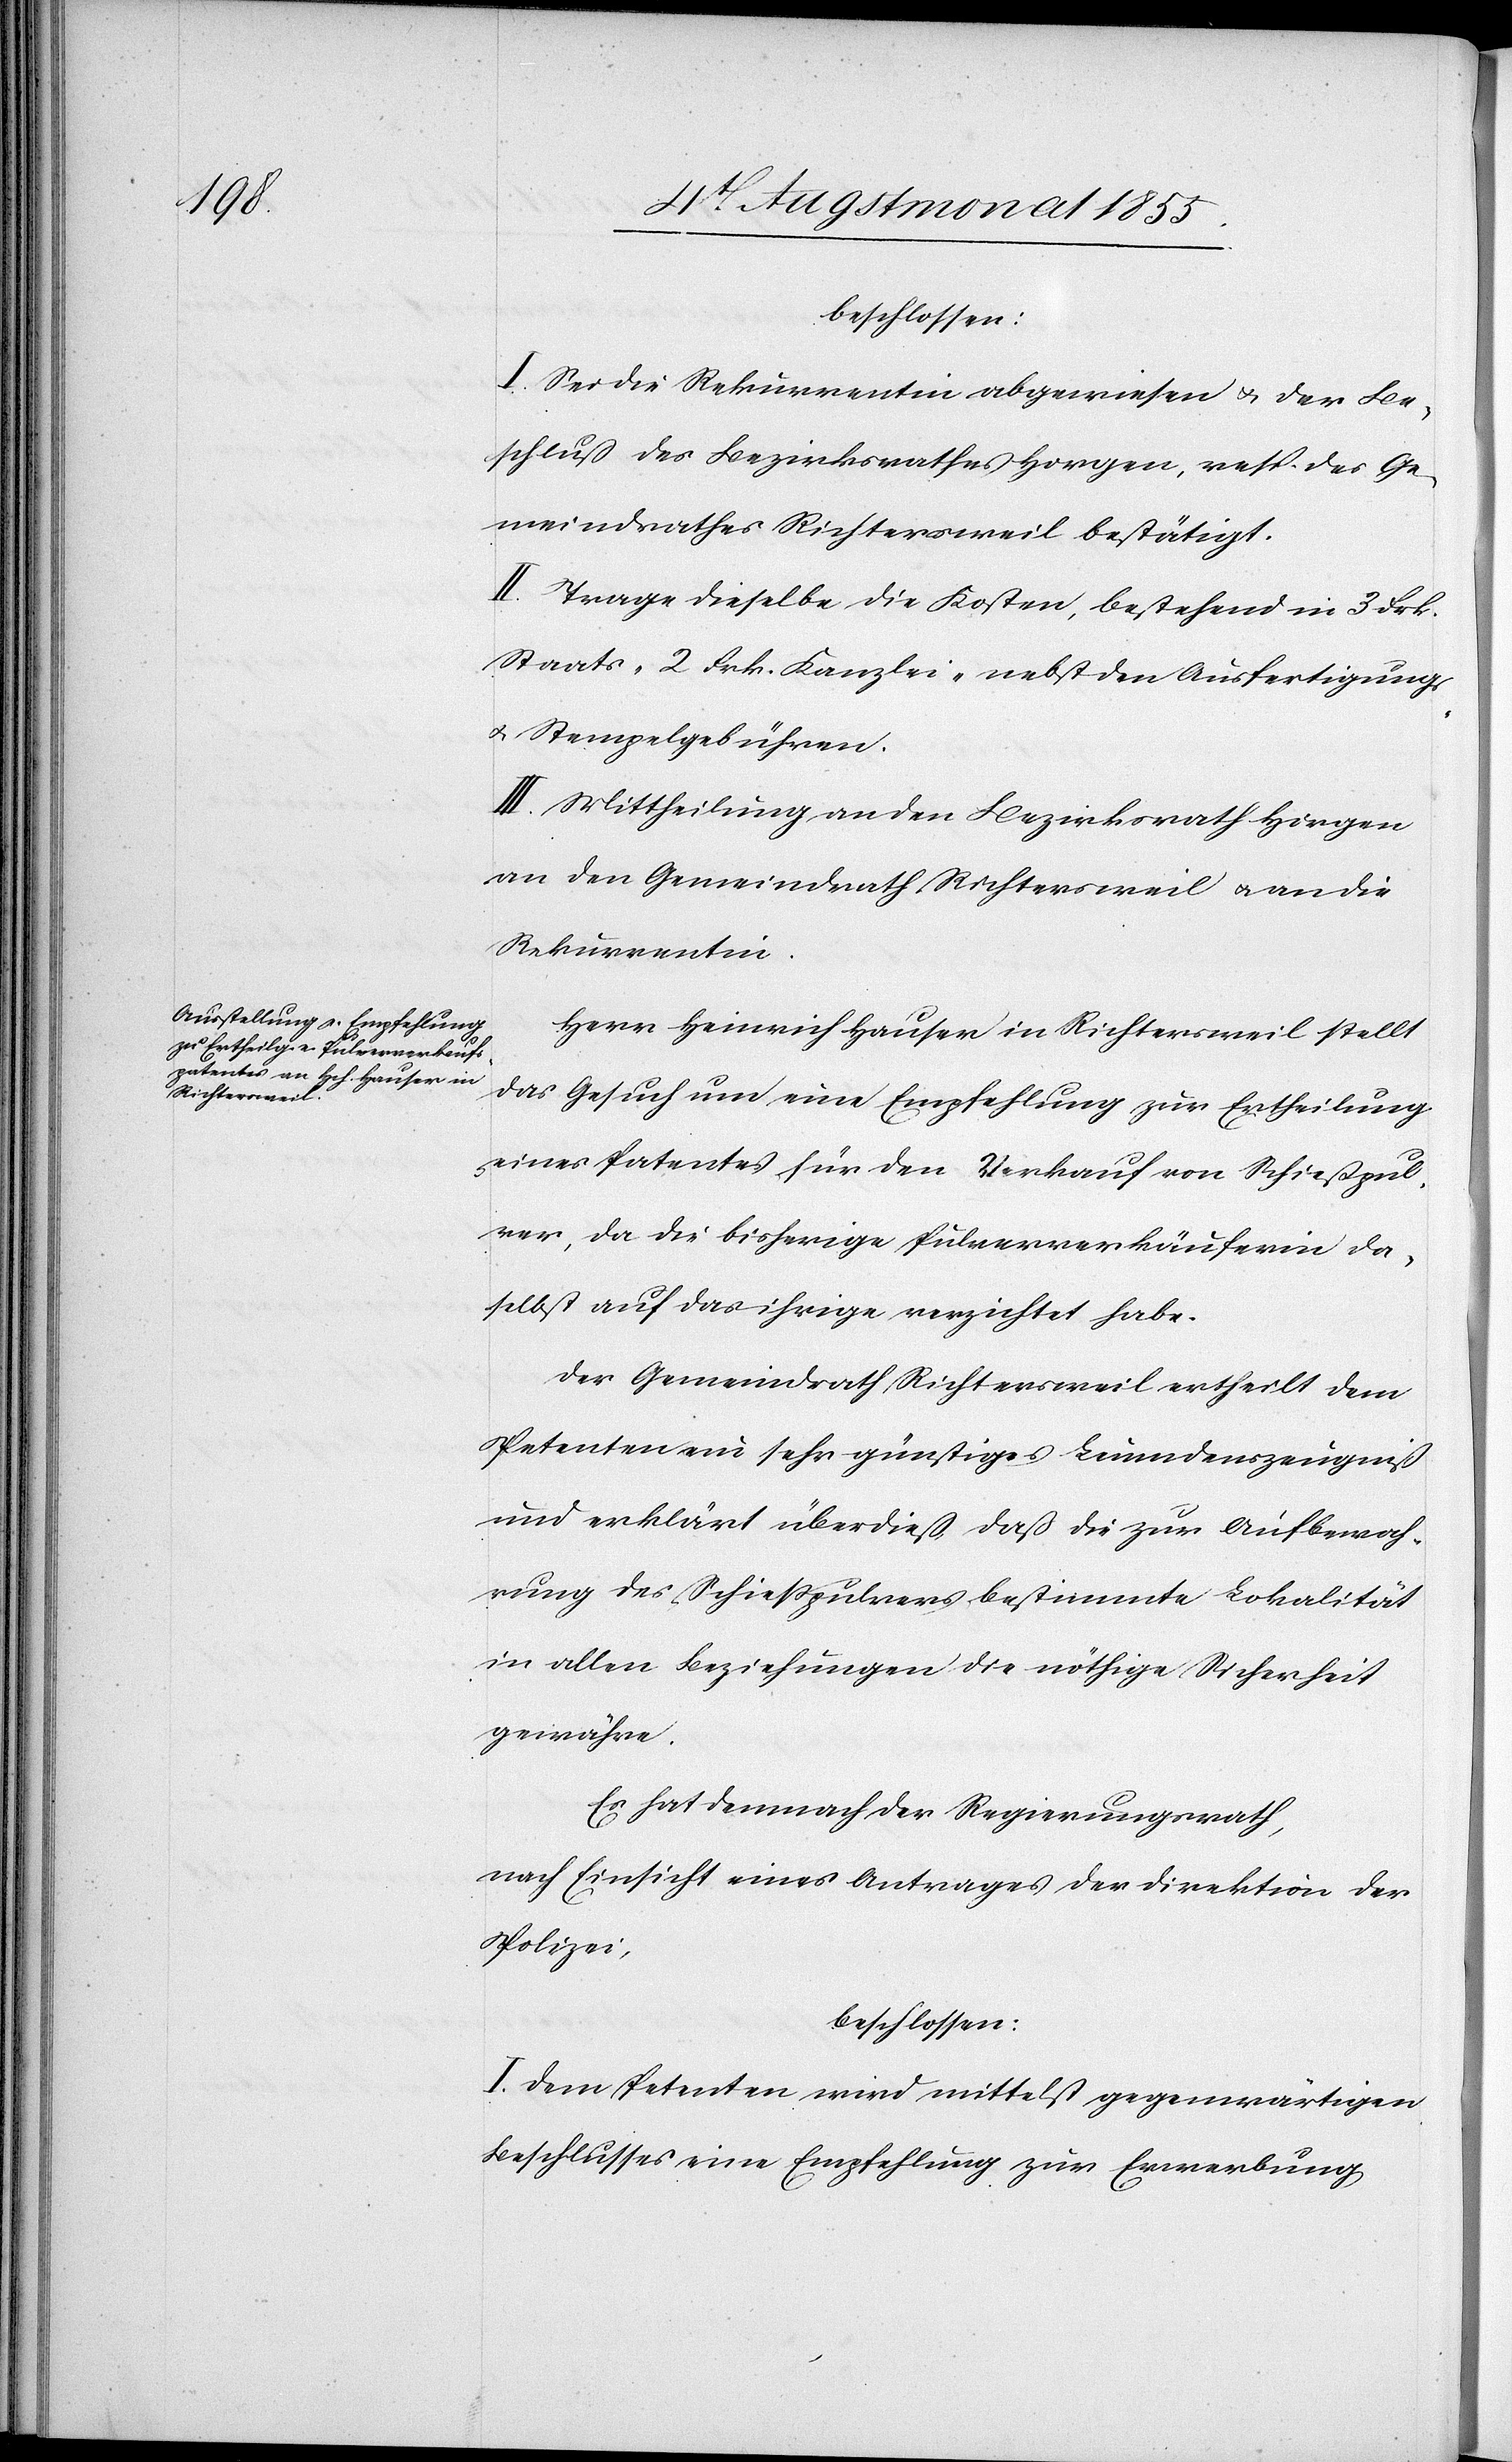
beschlossen:
I. Sei die Rekurrentin abgewiesen & der Be¬
schluß des Bezirksrathes Horgen, resp. des Ge¬
meindrathes Richtersweil bestätigt.
II. Trage dieselbe die Kosten, bestehend in 3 Frk.
Staats-[,] 2 Frk. Kanzlei-[,] nebst den Ausfertigungs-
& Stempelgebühren.
III. Mittheilung an den Bezirksrath Horgen[,]
an den Gemeindrath Richtersweil & an die
Rekurrentin.
Herr Heinrich Hauser in Richtersweil stellt
das Gesuch um eine Empfehlung zur Ertheilung
eines Patentes für den Verkauf von Schießpul¬
ver, da die bisherige Pulververkäuferin da¬
selbst auf das ihrige verzichtet habe.
Der Gemeindrath Richtersweil ertheilt dem
Petenten ein sehr günstiges Leumdenszeugniß
und erklärt überdieß, daß die zur Aufbewah¬
rung des Schießpulvers bestimmte Lokalität
in allen Beziehungen die nöthige Sicherheit
gewähre.
Es hat demnach der Regierungsrath,
nach Einsicht eines Antrages der Direktion der
Polizei,
beschlossen:
I. Dem Petenten wird mittelst gegenwärtigen
Beschlusses eine Empfehlung zur Erwerbung